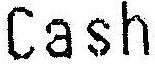
CASH